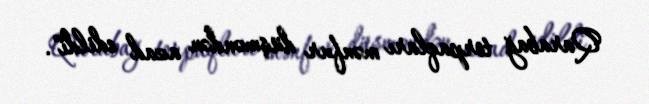
Qarabağ torpaqları mənfur düşməndən azad edildi".